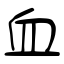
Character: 血